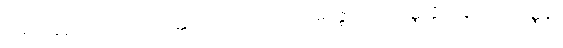
ပါဏဓာရဏေ သမ္ဗဟုလတ္ထေရာပဒေသော သံဃမဇ္ဈေယေဝ ပဏ္ဏတ္တိဥဒ္ဒေသဝါရဝဏ္ဏနာ